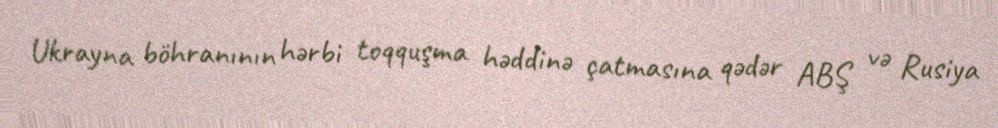
Ukrayna böhranının hərbi toqquşma həddinə çatmasına qədər ABŞ və Rusiya